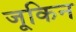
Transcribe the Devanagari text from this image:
जूकिन